Report on horse surra - Volume I
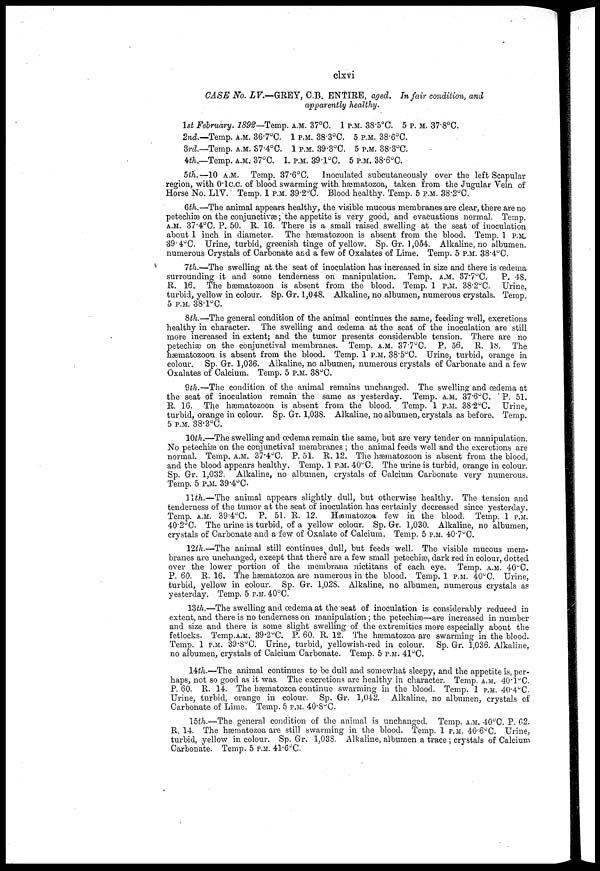
clxvi
CASE No. LV.—GREY, C.B. ENTIRE, aged. In fair condition, and
apparently healthy.
1st February. 1892—Temp.
2nd.—Temp. A.M. 36.7°C.
3rd.—Temp. A.M. 37.4°C.
4th.—Temp. A. M. 37°C.
A.M. 37°C.
1 P.M. 38.3°C
1 P.M. 39.3°C
1 P.M. 39.l°C.
1P.M. 38.5°C.
5 P.M. 38.6°C
5 P.M. 38.3°C
5 P.M. 38.6°C.
P.M. 37.8°C.
5th.—10 A.M. Temp. 37.6ºC.
Inoculated subcutaneously over the left Scapular
region, with 0.1c.c. of blood swarming with hæmatozoa, taken from the Jugular Vein of
Horse No. L1Y. Temp. 1 P.M. 39.2°C. Blood healthy. Temp. 5 P.M. 38.2°C.
6th.—The animal appears healthy, the visible mucous membranes are clear, there are no
petechiæ on the conjunctivæ; the appetite is very good, and evacuations normal. Temp.
A.M. 37.4°C. P. 50. R. 16. There is a small raised swelling at the seat of inoculation
about 1 inch in diameter. The hæmatozoon is absent from the blood. Temp. 1 P.M.
39.4°C. Urine, turbid, greenish tinge of yellow. Sp. Gr. 1,054. Alkaline, no albumen.
numerous Crystals of Carbonate and a few of Oxalates of Lime. Temp. 5 P.M. 38.4°C.
7th.—The swelling at the seat of inoculation has increased in size and there is œdema
surrounding it and some tenderness on manipulation. Temp. A.M. 37.7°C.
P. 48.
R. 16. The hæmatozoon is absent from the blood. Temp. 1 P.M. 38.2°C. Urine,
turbid, yellow in colour. Sp. Gr. 1,048. Alkaline, no albumen, numerous crystals. Temp.
5 P.M. 38.l°C.
8th.—The general condition of the animal continues the same, feeding well, excretions
healthy in character. The swelling and œdema at the seat of the inoculation are still
more increased in extent; and the tumor presents considerable tension. There are no
petechias on the conjunctival membranes. Temp. A.M. 37.7°C. P. 56. R. 18. The
hæmatozoon is absent from the blood. Temp. 1 P.M. 38.5°C. Urine, turbid, orange in
colour. Sp. Gr. 1,036. Alkaline, no albumen, numerous crystals of Carbonate and a few
Oxalates of Calcium. Temp. 5 P.M. 38°C.
9th.—The condition of the animal remains unchanged. The swelling and œdema at
the seat of inoculation remain the same as yesterday. Temp. A.M. 37.6°C. P. 51.
R. 16. The hæmatozoon is absent from the blood. Temp. 1 P.M. 38.2°C. Urine,
turbid, orange in colour. Sp. Gr. 1,038. Alkaline, no albumen, crystals as before. Temp.
5 P.M. 38.3°C.
10th.—The swelling and œdema remain the same, but are very tender on manipulation.
No petechias on the conjunctival membranes ; the animal feeds well and the excretions are
normal. Temp. A.M. 37.4°C. P. 51. R. 12. The hæmatozoon is absent from the blood,
and the blood appears healthy. Temp. 1 P.M. 40°C. The urine is turbid, orange in colour.
Sp. Gr. 1,032. Alkaline, no albumen, crystals of Calcium Carbonate very numerous.
Temp. 5 P.M. 39.4°C.
11th.—The animal appears slightly dull, but otherwise healthy. The tension and
tenderness of the tumor at the seat of inoculation has certainly decreased since yesterday.
Temp. A.M. 39.4°C. P. 51. R. 12.
Hæmatozoa few in the blood. Temp. 1 P.M.
40.2°C. The urine is turbid, of a yellow colour. Sp. Gr. 1,030. Alkaline, no albumen,
crystals of Carbonate and a few of Oxalate of Calcium, Temp. 5 P.M. 40.7°C.
12ih.— The animal still continues dull, but feeds well. The visible mucous mem-
branes are unchanged, except that there are a few small petechias, dark red in colour, dotted
over the lower portion of the membrana nictitans of each eye. Temp. A.M. 40ºC.
P. 60. R. 16. The hæmatozoa are numerous in the blood. Temp. 1 P.M. 40°C. Urine,
turbid, yellow in colour. Sp. Gr. 1,028. Alkaline, no albumen, numerous crystals as
yesterday. Temp. 5 P.M. 40°C.
13th.—The swelling and œdema at the seat of inoculation is considerably reduced in
extent, and there is no tenderness on manipulation ; the petechiæ—are increased in number
and size and there is some slight swelling of the extremities more especially about the
fetlocks. Temp.A.M. 39.2°C. P. 60. R. 12. The hæmatozoa are swarming in the blood.
Temp. 1 P.M. 39.8°C. Urine, turbid, yellowish-red in colour. Sp. Gr. 1,036. Alkaline,
no albumen, crystals of Calcium Carbonate. Temp. 5 P.M. 41°C.
14th.—The animal continues to be dull and somewhat sleepy, and the appetite is, per-
haps, not so good as it was. The excretions are healthy in character. Temp. A.M. 40.1°C.
P. 60. R. 14. The hæmatozoa continue swarming in the blood. Temp. 1 P.M. 40.4°C.
Urine, turbid, orange in colour. Sp. Gr. 1,042. Alkaline, no albumen, crystals of
Carbonate of Lime. Temp. 5 P.M. 40.8ºC.
15th.—The general condition of the animal is unchanged. Temp. A.M. 40°C. P. 02.
R. 14. The hæmatozoa are still swarming in the blood. Temp. 1 P.M. 40.6°C. Urine,
turbid, yellow in colour. Sp. Gr. 1,038. Alkaline, albumen a trace ; crystals of Calcium
Carbonate. Temp. 5 P.M. 41.6°C.